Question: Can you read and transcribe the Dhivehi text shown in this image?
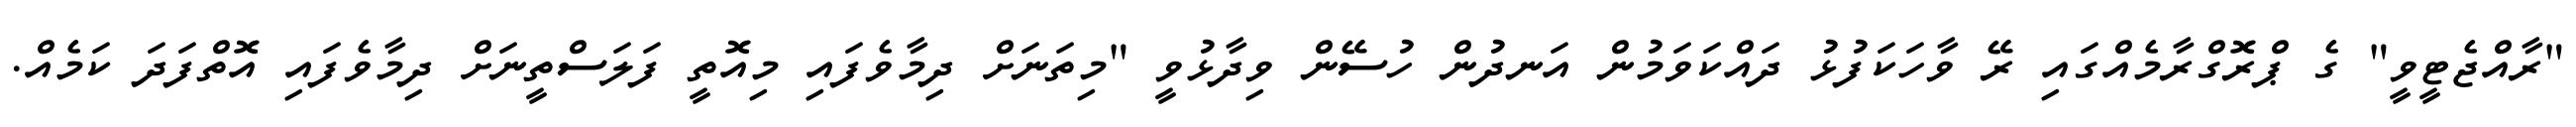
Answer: "ރާއްޖެޓީވީ" ގެ ޕްރޮގްރާމެއްގައި ރޭ ވާހަކަފުޅު ދައްކަވަމުން އަނދުން ހުސޭން ވިދާޅުވީ "މިތަނަށް ދިމާވެފައި މިއޮތީ ފަލަސްތީނަށް ދިމާވެފައި އޮތްފަދަ ކަމެއް.